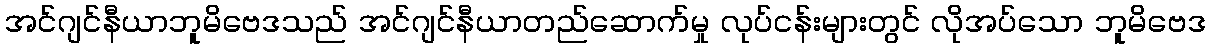
အင်ဂျင်နီယာဘူမိဗေဒသည် အင်ဂျင်နီယာတည်ဆောက်မှု လုပ်ငန်းများတွင် လိုအပ်သော ဘူမိဗေဒ